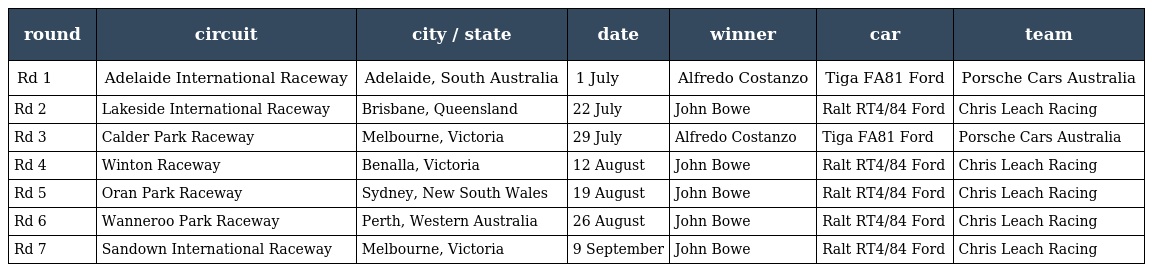
| round | circuit | city / state | date | winner | car | team |
 | --- | --- | --- | --- | --- | --- | --- |
 | Rd 1 | Adelaide International Raceway | Adelaide, South Australia | 1 July | Alfredo Costanzo | Tiga FA81 Ford | Porsche Cars Australia |
 | Rd 2 | Lakeside International Raceway | Brisbane, Queensland | 22 July | John Bowe | Ralt RT4/84 Ford | Chris Leach Racing |
 | Rd 3 | Calder Park Raceway | Melbourne, Victoria | 29 July | Alfredo Costanzo | Tiga FA81 Ford | Porsche Cars Australia |
 | Rd 4 | Winton Raceway | Benalla, Victoria | 12 August | John Bowe | Ralt RT4/84 Ford | Chris Leach Racing |
 | Rd 5 | Oran Park Raceway | Sydney, New South Wales | 19 August | John Bowe | Ralt RT4/84 Ford | Chris Leach Racing |
 | Rd 6 | Wanneroo Park Raceway | Perth, Western Australia | 26 August | John Bowe | Ralt RT4/84 Ford | Chris Leach Racing |
 | Rd 7 | Sandown International Raceway | Melbourne, Victoria | 9 September | John Bowe | Ralt RT4/84 Ford | Chris Leach Racing |